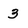
Character: 3